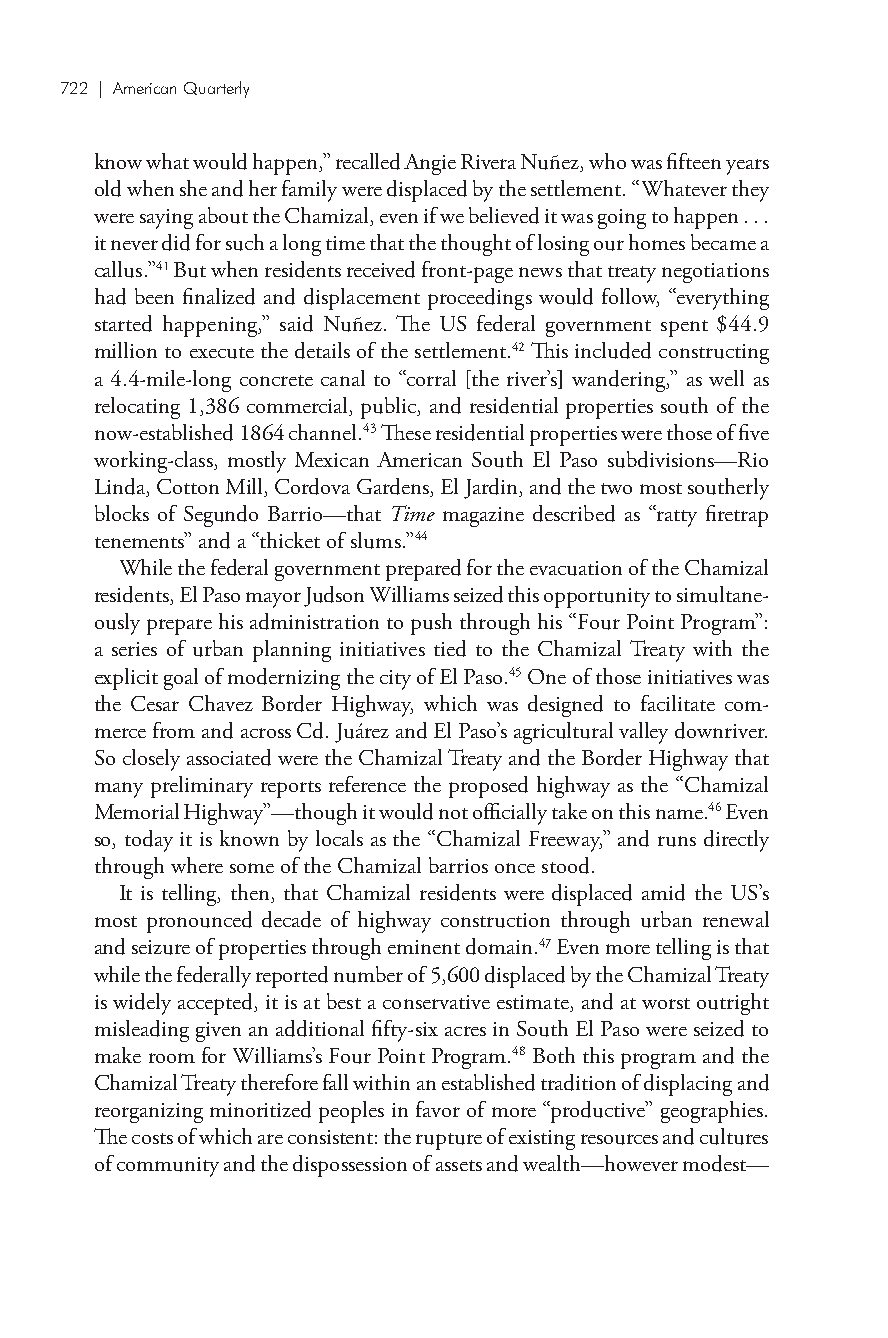
722 | American Quarterly
 know what would happen,” recalled Angie Rivera Nuñez, who was fifteen years
 old when she and her family were displaced by the settlement. “Whatever they
 were saying about the Chamizal, even if we believed it was going to happen . . .
 it never did for such a long time that the thought of losing our homes became a
 callus.”41 But when residents received front-page news that treaty negotiations
 had been finalized and displacement proceedings would follow, “everything
 started happening,” said Nuñez. The US federal government spent $44.9
 million to execute the details of the settlement.42 This included constructing
 a 4.4-mile-long concrete canal to “corral [the river’s] wandering,” as well as
 relocating 1,386 commercial, public, and residential properties south of the
 now-established 1864 channel.43 These residential properties were those of five
 working-class, mostly Mexican American South El Paso subdivisions—Rio
 Linda, Cotton Mill, Cordova Gardens, El Jardin, and the two most southerly
 blocks of Segundo Barrio—that Time magazine described as “ratty firetrap
 tenements” and a “thicket of slums.”44
 While the federal government prepared for the evacuation of the Chamizal
 residents, El Paso mayor Judson Williams seized this opportunity to simultane-
 ously prepare his administration to push through his “Four Point Program”:
 a series of urban planning initiatives tied to the Chamizal Treaty with the
 explicit goal of modernizing the city of El Paso.45 One of those initiatives was
 the Cesar Chavez Border Highway, which was designed to facilitate com-
 merce from and across Cd. Juárez and El Paso’s agricultural valley downriver.
 So closely associated were the Chamizal Treaty and the Border Highway that
 many preliminary reports reference the proposed highway as the “Chamizal
 Memorial Highway”—though it would not officially take on this name.46 Even
 so, today it is known by locals as the “Chamizal Freeway,” and runs directly
 through where some of the Chamizal barrios once stood.
 It is telling, then, that Chamizal residents were displaced amid the US’s
 most pronounced decade of highway construction through urban renewal
 and seizure of properties through eminent domain.47 Even more telling is that
 while the federally reported number of 5,600 displaced by the Chamizal Treaty
 is widely accepted, it is at best a conservative estimate, and at worst outright
 misleading given an additional fifty-six acres in South El Paso were seized to
 make room for Williams’s Four Point Program.48 Both this program and the
 Chamizal Treaty therefore fall within an established tradition of displacing and
 reorganizing minoritized peoples in favor of more “productive” geographies.
 The costs of which are consistent: the rupture of existing resources and cultures
 of community and the dispossession of assets and wealth—however modest—